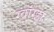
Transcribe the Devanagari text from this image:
ग्वांग्झ